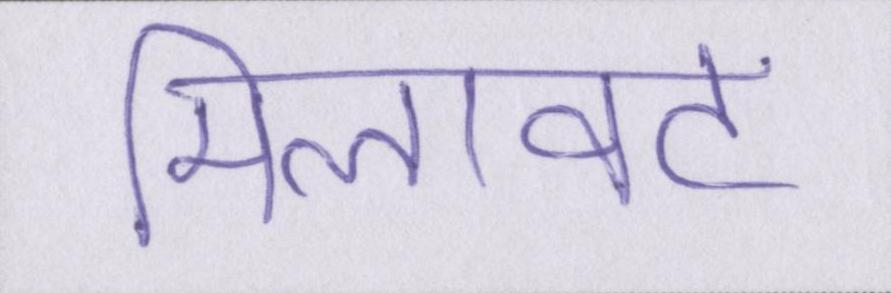
मिलावट